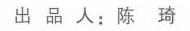
出品人：陈 琦